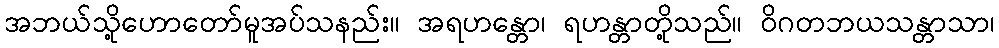
အဘယ်သို့ဟောတော်မူအပ်သနည်း။ အရဟန္တော၊ ရဟန္တာတို့သည်။ ဝိဂတဘယသန္တာသာ၊